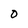
Character: o